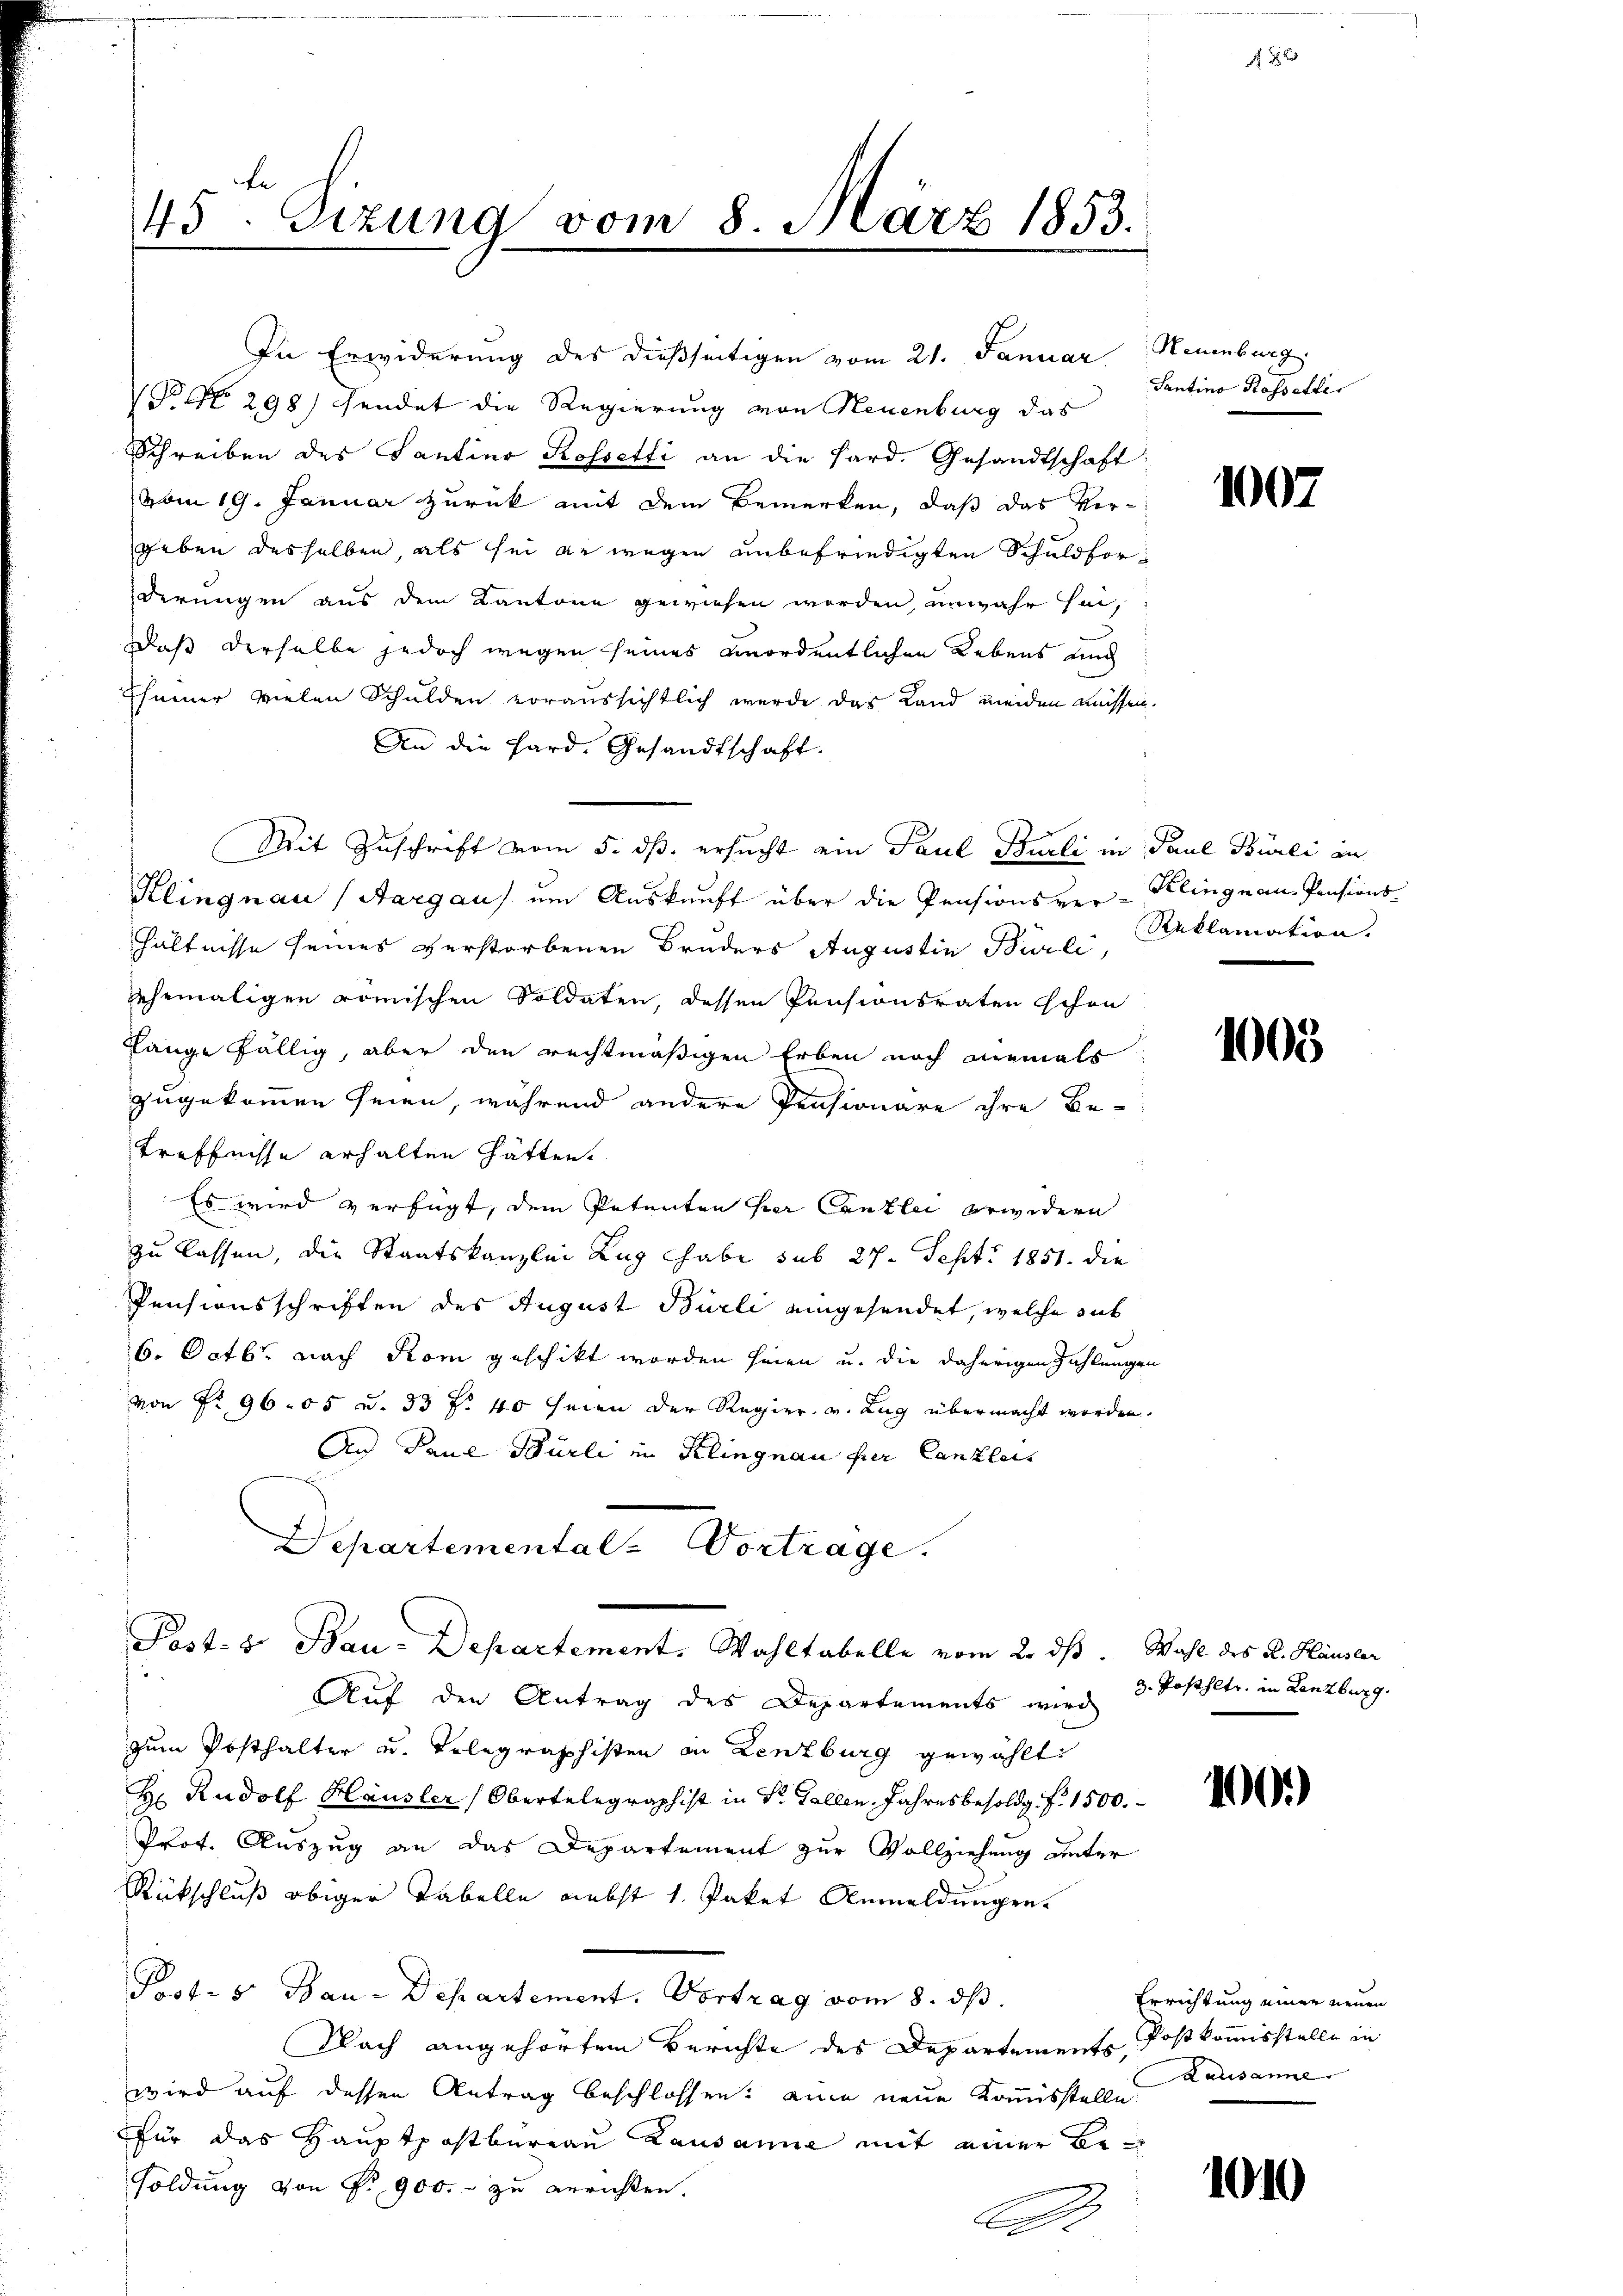
45. Sizung vom 8. März 1853.

Eheiner vielen Schulden voraussichtlich wurde das Land meiden müssen.
An die Hard. Gesandtschaft.
Mit Zuschrift vom 5. dß ersucht ein Paul Burli, in Paul Burli an
Klingnau (Aargau) um Auskunft über die Pensionsver-Keingnau, Pensions-
hältnisse seines verstorbenen Bruders Augustin Burli,
ehemaligen römischen Soldaten, dessen Pensionsraten schon
Lange fällig, aber den rechtmäßigen Erben noch niemals
zugekommen seien, während andere Pensionäre ihre Be-
treffnisse erhalten hätten.
Es wird verfügt, dem Petenten her Canzlei erwidern
zu lassen, die Staatskanzlei Zug habe sub 27. Sept. 1851. die
Pensionsschriften des August Burli eingesendet, welche sub
6. Octbr. nach Rom geschikt worden seien u. die daherigen Zahlungen
von No 96. 55 u. 33 f. 40 seien der Regier, v. Zug übermacht worden.
An Paul Bürli in Klingnau für Canzleis
Departemental-Vortrage.
Post. b. Bau-Departement. Wahltabelle vom 2. ds. Wahl des K. Häusler
Aŭf den Antrag des Departements wird 3. Posthltr. in Lenzburg.
zum Posthalter u. Telegraphisten in Lenzburg gewählt
H. Rudolf Häusler (Obertelegraphist in Dr. Gallen, Jahresbesoldg f. 1500.
Prot. Auszug an das Departement zur Vollziehung unter
Rückschluß obiger Tabelle nebst 1. Paket Anmeldungen.
P.1.s Bau-Departement. Vortrag vom 8. ds.
Nach angehörtem Berichte des Departements Postkommisstelle in
wird auf dessen Antrag beschlossen: eine neue Kommisstelle
für das Hauptpostbureau Lausanne mit einer Besoldung von Fr. 900.- zu errichten.
n

In Erwiderung des dießseitigen vom 21. Januar Neuenburg
 No. 298) Fendet die Regierung von Neuenburg das
Schreiben des Santino Rossetli an die Hard. Gesandtschaft
vom 19. Januar zurück mit dem Bemerken, daß das Vergeben desselben, als sei zu wegen unbefriedigten Schuldforderungen aus dem Kantone gewiesen worden, unwahr sei,
Daß derselbe jedoch wegen seines unordentlichen Lebens und

Santino Kasselle

f 8 x

1007

Reklamation.

1000

100.)

Errichtung einer neuen
Lausanne

1010